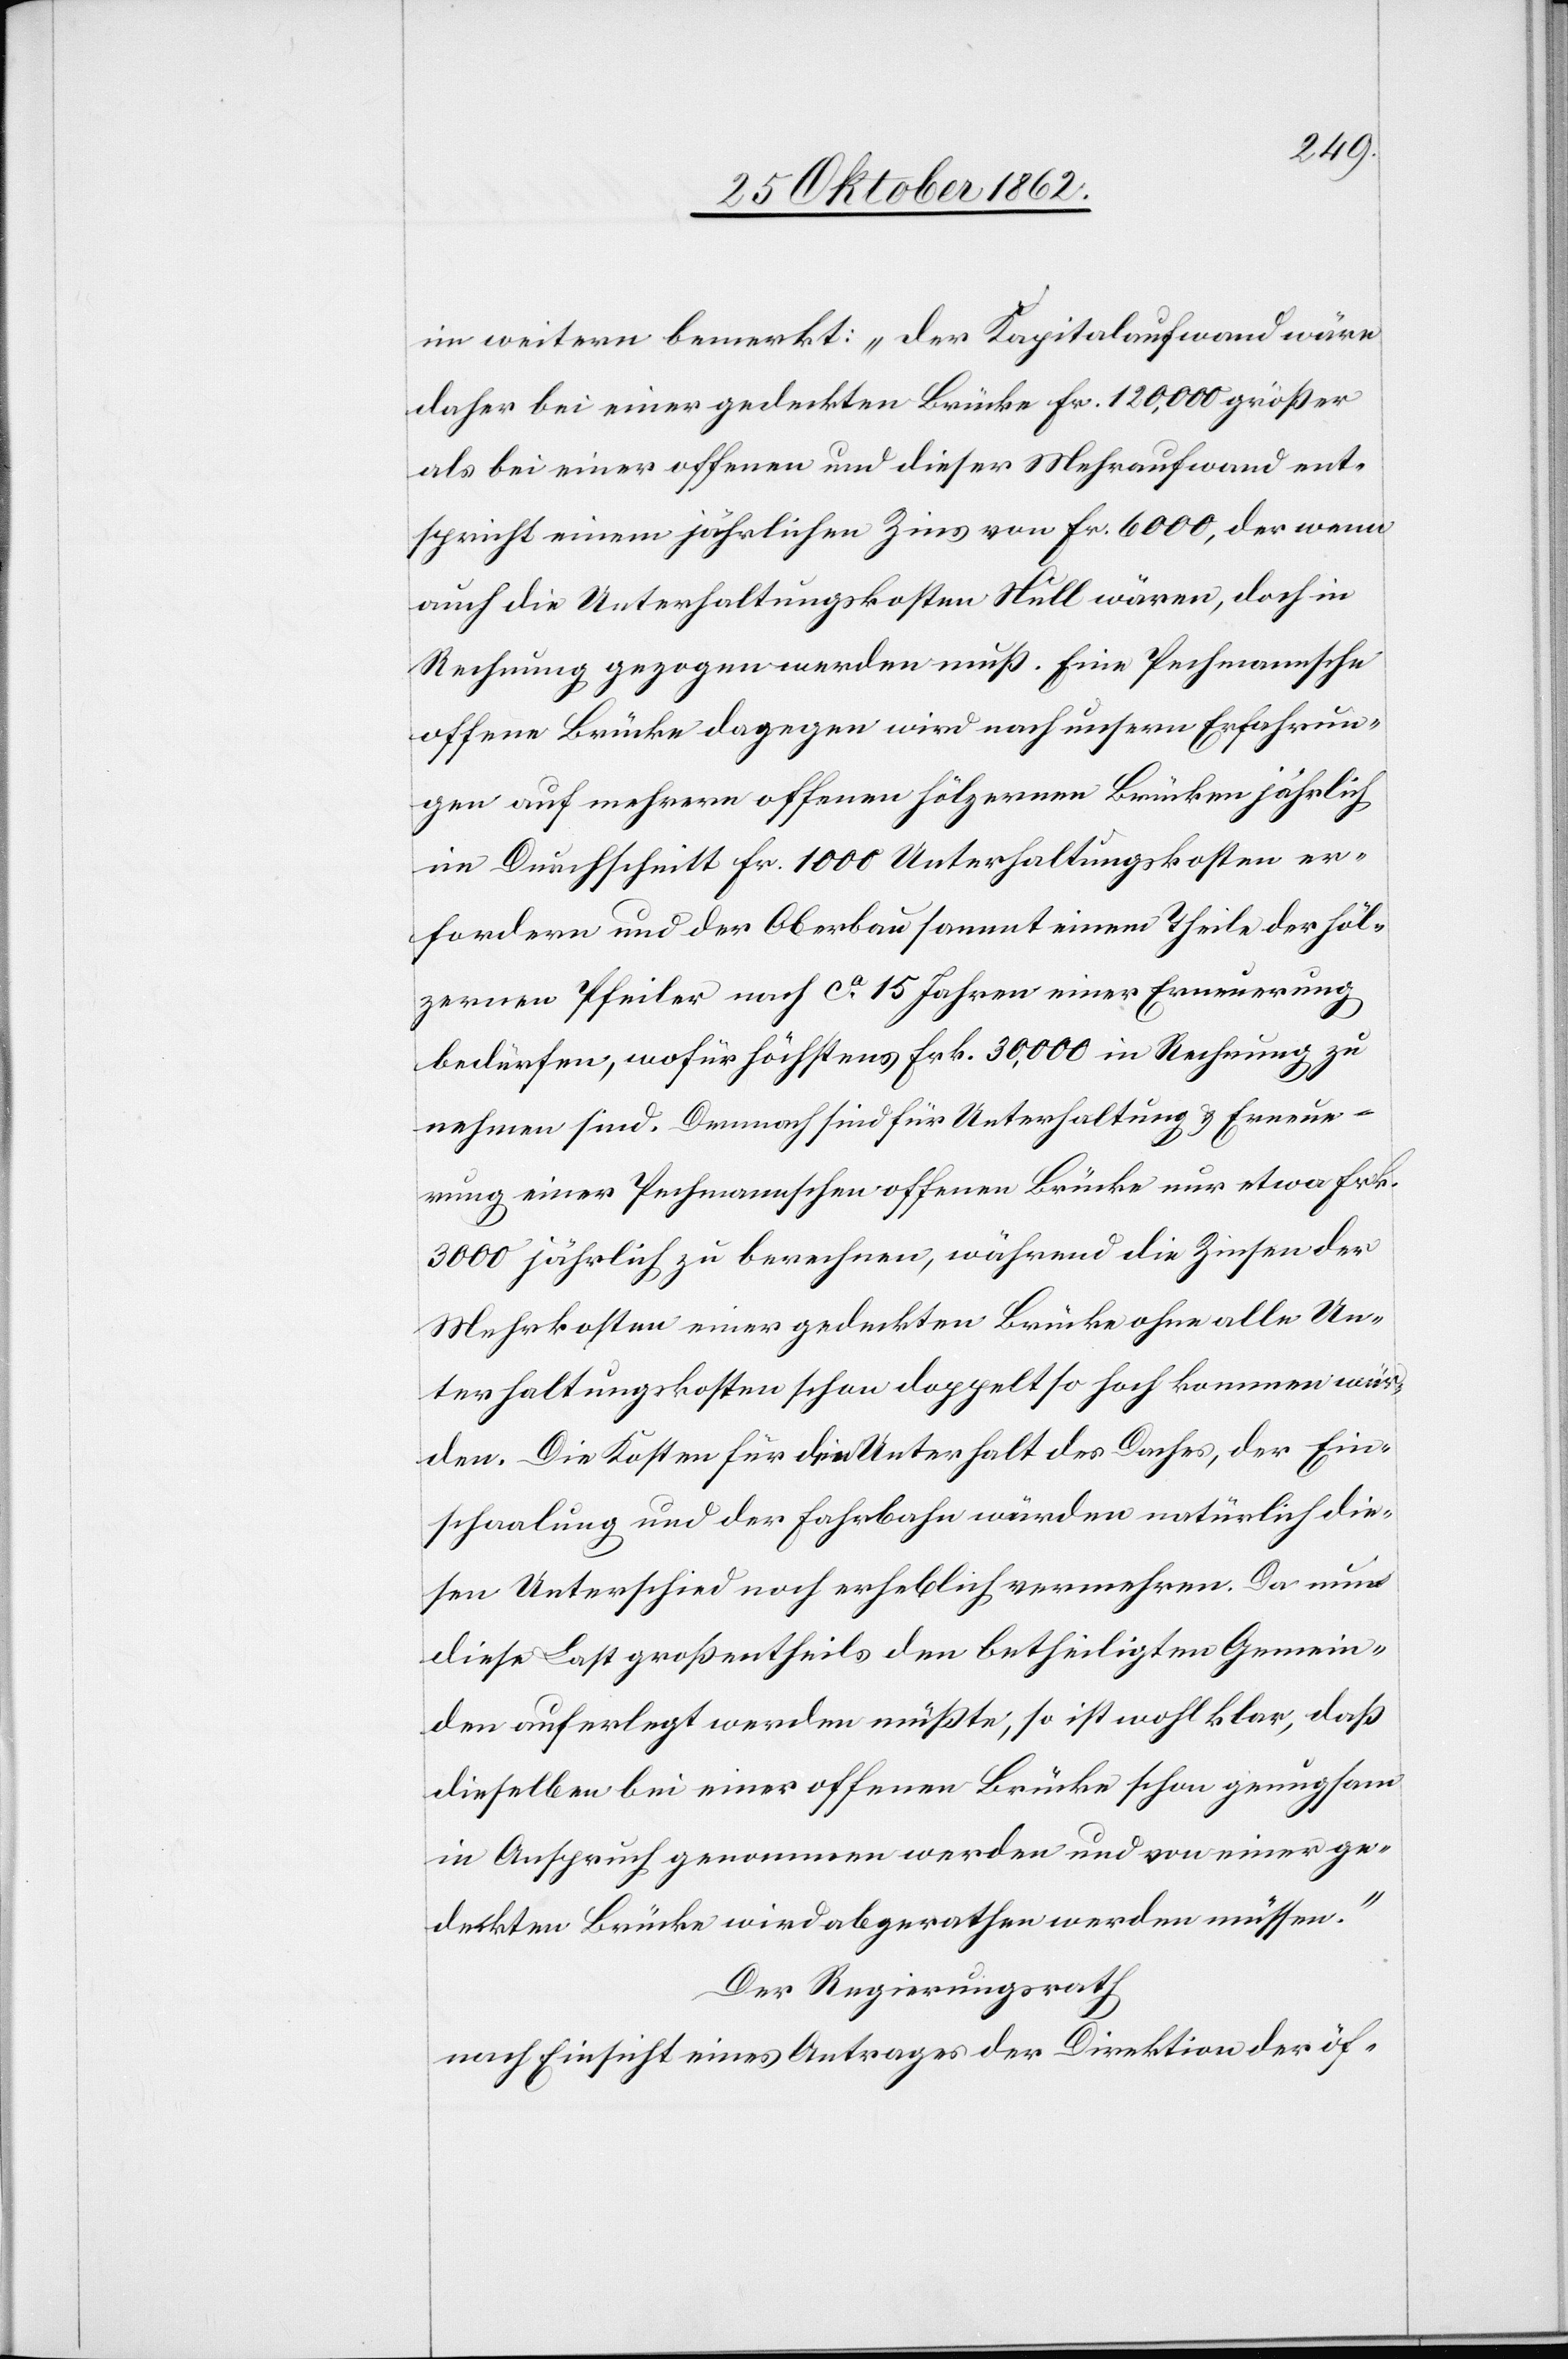
im weitern bemerkt: „Der Kapitalaufwand wäre
daher bei einer gedeckten Brücke fr. 120,000 größer
als bei einer offenen und dieser Mehraufwand ent¬
spricht einem jährlichen Zins von fr. 6000, der wenn
auch die Unterhaltungskosten Null wären, doch in
Rechnung gezogen werden muß. Eine Pechmannsche
offene Brücke dagegen wird nach unsern Erfahrun¬
gen auf mehrere offene hölzernen Brücken jährlich
im Durchschnitt fr. 1000 Unterhaltungskosten er¬
fordern und der Oberbau sammt einem Theile der höl¬
zernen Pfeiler nach ca 15 Jahren einer Erneuerung
bedürfen, wofür höchstens Frk. 30,000 in Rechnung zu
nehmen sind. Dennoch sind für Unterhaltung u. Erneue¬
rung einer Pechmannschen offenen Brücke nur etwa Frk.
3000 jährlich zu berechnen, während die Zinsen der
Mehrkosten einer gedeckten Brücke ohne alle Un¬
terhaltungskosten schon doppelt so hoch kommen wür¬
den. Die Kosten für den Unterhalt des Daches, der Ein¬
schaalung und der Fahrbahn würden natürlich die¬
sen Unterschied noch erheblich vermehren. Da nun
diese Last großtentheils den betheiligten Gemein¬
den auferlegt werden müßte, so ist wohl klar, daß
dieselben bei einer offenen Brücke schon genugsam
in Spruch genommen werden und von einer ge¬
deckten Brücke wird abgerathen werden müssen.“
Der Regierungsrath
nach Einsicht eines Antrages der Direktion der öf-